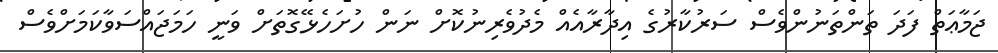
ޖަމާޢަތް ފަދަ ތަންތަނުންވެސް ސަރުކާރުގެ އިދާރާއެއް މެދުވެރިނުކޮށް ނަން ހުށަހެޅޭގޮތަށް ވަނީ ހަމަޖައްސަވާކަމަށްވެސް